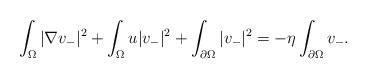
\begin{align*} \int_{\Omega}|\nabla v_{-}|^{2}+ \int_{\Omega}u |v_{-}|^{2}+\int_{\partial \Omega }|v_{-}|^{2}=-\eta\int_{\partial \Omega }v_{-}. \end{align*}